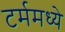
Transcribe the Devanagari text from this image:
टर्ममध्ये